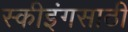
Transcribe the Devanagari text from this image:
स्कीइंगसाठी